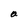
Character: a